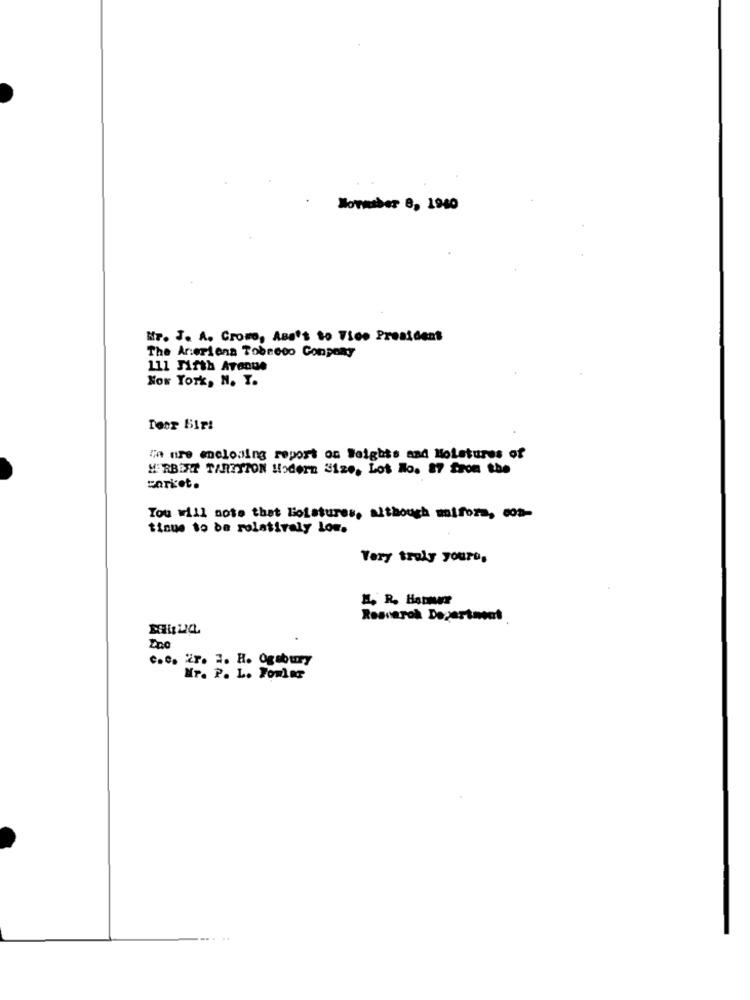
Normsber 8, 1940
H7. J. A. Cromo, Asa's to Vice President
The Arerions Tobeeco Conpony
111 Fifth Avenue
Now York, N. T.
Teor Bir!
In mre enclosing report on Heights and Moistures of
HERBERT TARZTION Modern #120, Los No. 87 from the
caricot.
Tou will note that Bolstures, although mifora, con-
tinue to be relatively low.
Very truly yours,
Resvarok Degertmeat
c.c. 2r. E. R. Ogabury
Nr. P. L. Fowler